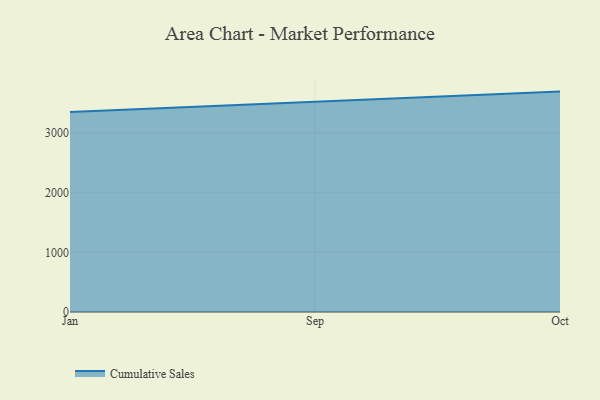
{"axis": {"x": "Month", "y": "Website Visitors"}, "legend": ["Cumulative Sales"], "data": [{"x": "Jan", "y": 3352.2, "type": "Cumulative Sales"}, {"x": "Sep", "y": 3519.7, "type": "Cumulative Sales"}, {"x": "Oct", "y": 3695.6, "type": "Cumulative Sales"}]}